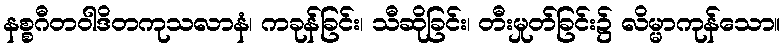
နစ္စဂီတဝါဒိတကုသလာနံ၊ ကခုန်ခြင်း၊ သီဆိုခြင်း၊ တီးမှုတ်ခြင်း၌ လိမ္မာကုန်သော။